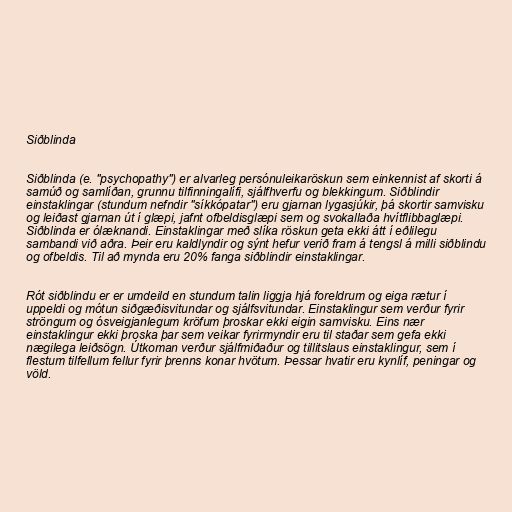
Siðblinda

Siðblinda (e. "psychopathy") er alvarleg persónuleikaröskun sem einkennist af skorti á
samúð og samlíðan, grunnu tilfinningalífi, sjálfhverfu og blekkingum. Siðblindir
einstaklingar (stundum nefndir "síkkópatar") eru gjarnan lygasjúkir, þá skortir samvisku
og leiðast gjarnan út í glæpi, jafnt ofbeldisglæpi sem og svokallaða hvítflibbaglæpi.
Siðblinda er ólæknandi. Einstaklingar með slíka röskun geta ekki átt í eðlilegu
sambandi við aðra. Þeir eru kaldlyndir og sýnt hefur verið fram á tengsl á milli siðblindu
og ofbeldis. Til að mynda eru 20% fanga siðblindir einstaklingar.

Rót siðblindu er er umdeild en stundum talin liggja hjá foreldrum og eiga rætur í
uppeldi og mótun siðgæðisvitundar og sjálfsvitundar. Einstaklingur sem verður fyrir
ströngum og ósveigjanlegum kröfum þroskar ekki eigin samvisku. Eins nær
einstaklingur ekki þroska þar sem veikar fyrirmyndir eru til staðar sem gefa ekki
nægilega leiðsögn. Útkoman verður sjálfmiðaður og tillitslaus einstaklingur, sem í
flestum tilfellum fellur fyrir þrenns konar hvötum. Þessar hvatir eru kynlíf, peningar og
völd.